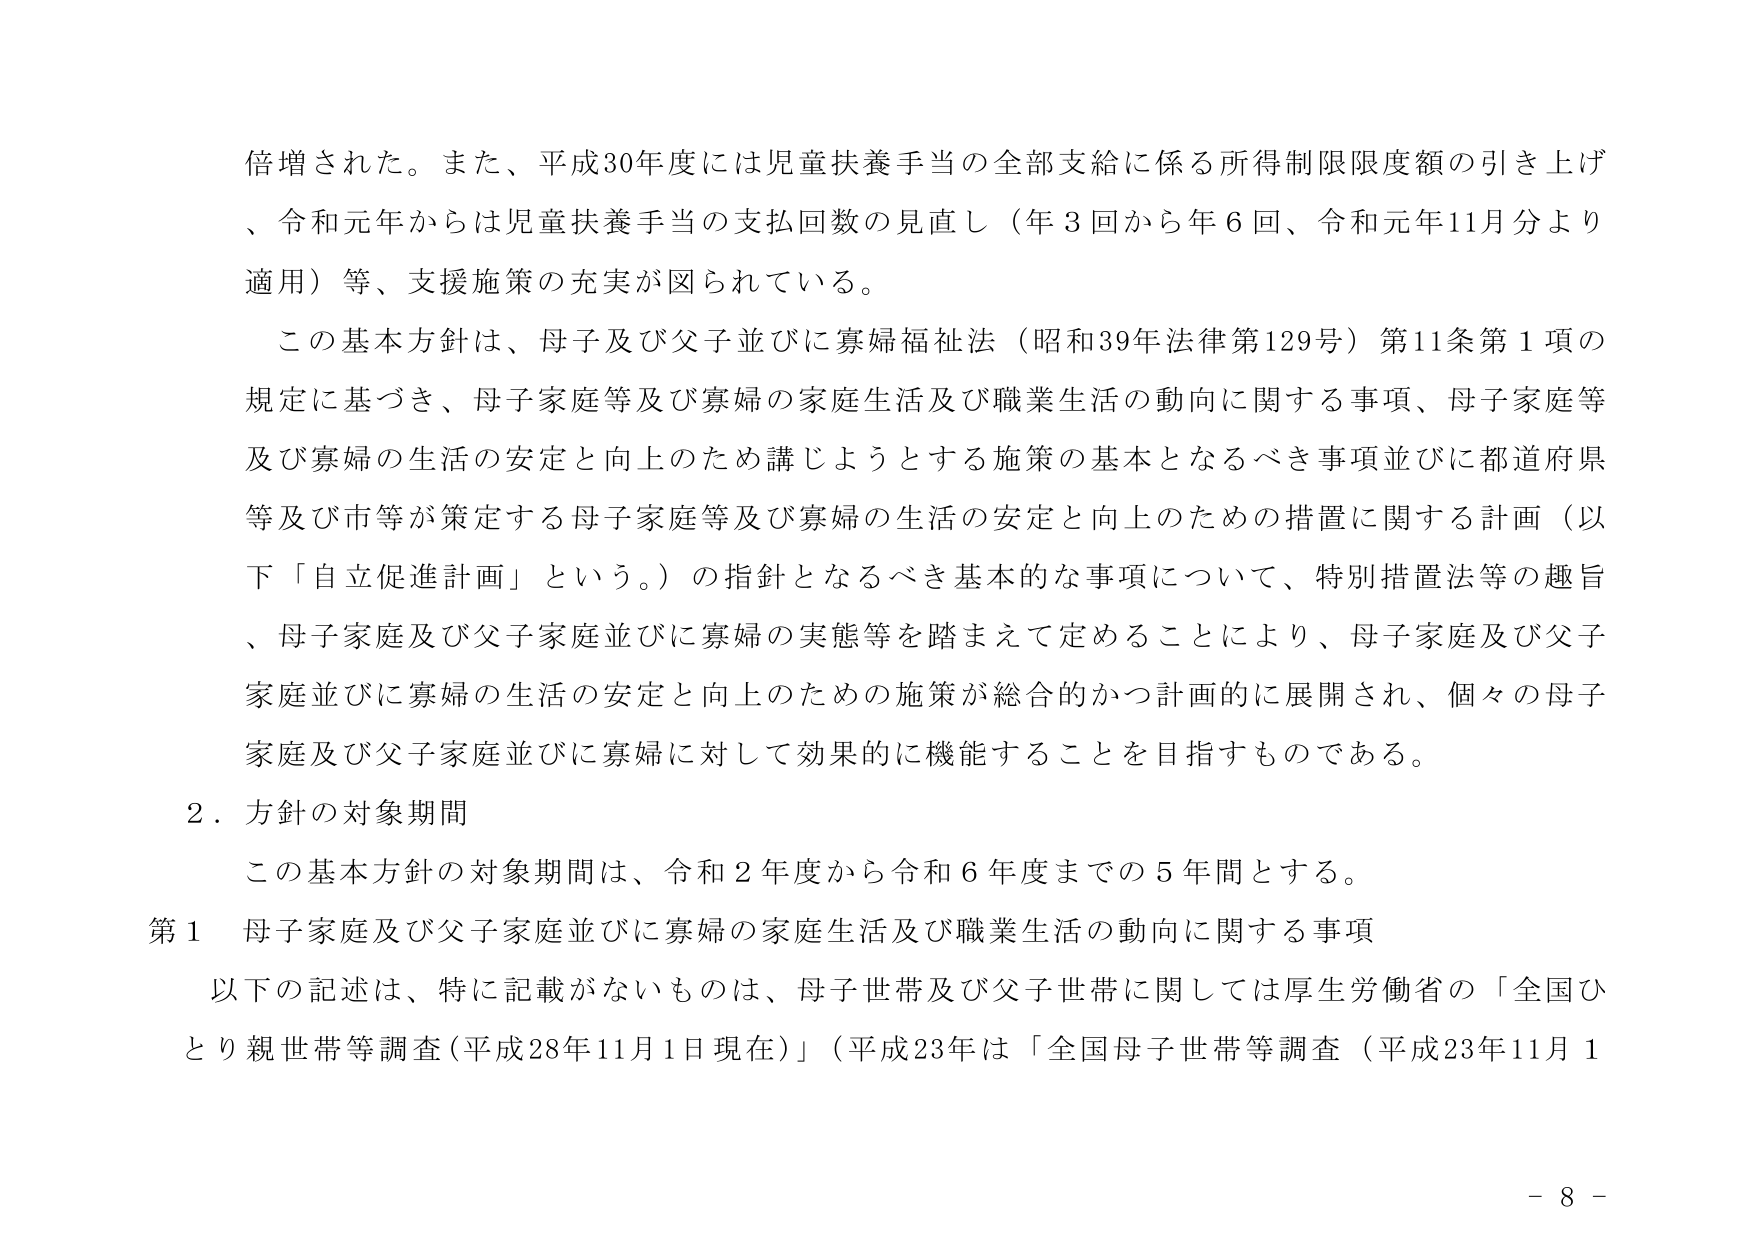
倍増された。また、平成30年度には児童扶養手当の全部支給に係る所得制限限度額の引き上げ、令和元年からは児童扶養手当の支払回数の見直し（年3回から年6回、令和元年11月分より適用）等、支援施策の充実が図られている。

この基本方針は、母子及び父子並びに寡婦福祉法（昭和39年法律第129号）第11条第1項の規定に基づき、母子家庭等及び寡婦の家庭生活及び職業生活の動向に関する事項、母子家庭等及び寡婦の生活の安定と向上のため講じようとする施策の基本となるべき事項並びに都道府県等及び市等が策定する母子家庭等及び寡婦の生活の安定と向上のための措置に関する計画（以下「自立促進計画」という。）の指針となるべき基本的な事項について、特別措置法等の趣旨、母子家庭及び父子家庭並びに寡婦の実態等を踏まえて定めることにより、母子家庭及び父子家庭並びに寡婦の生活の安定と向上のための施策が総合的かつ計画的に展開され、個々の母子家庭及び父子家庭並びに寡婦に対して効果的に機能することを目指すものである。

2．方針の対象期間

この基本方針の対象期間は、令和2年度から令和6年度までの5年間とする。

第1　母子家庭及び父子家庭並びに寡婦の家庭生活及び職業生活の動向に関する事項

以下の記述は、特に記載がないものは、母子世帯及び父子世帯に関しては厚生労働省の「全国ひとり親世帯等調査（平成28年11月1日現在）」（平成23年は「全国母子世帯等調査（平成23年11月1

- 8 -